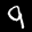
Label: 9